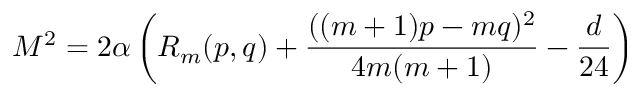
M ^ { 2 } = 2 \alpha \left( R _ { m } ( p , q ) + { \frac { ( ( m + 1 ) p - m q ) ^ { 2 } } { 4 m ( m + 1 ) } } - { \frac { d } { 2 4 } } \right)